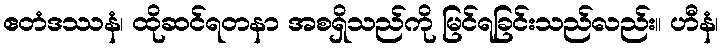
ဧတံဒဿနံ၊ ထိုဆင်ရတနာ အစရှိသည်ကို မြင်ရခြင်းသည်လည်း။ ဟီနံ၊